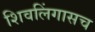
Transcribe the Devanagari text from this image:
शिवलिंगासच